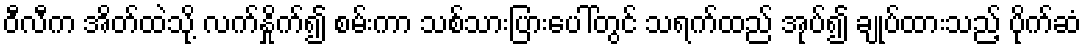
ဝီလီက အိတ်ထဲသို့ လက်နှိုက်၍ စမ်းကာ သစ်သားပြားပေါ်တွင် သရက်ထည် အုပ်၍ ချုပ်ထားသည့် ပိုက်ဆံ